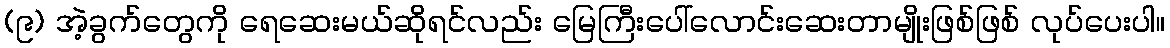
(၉) အဲ့ခွက်တွေကို ရေဆေးမယ်ဆိုရင်လည်း မြေကြီးပေါ်လောင်းဆေးတာမျိုးဖြစ်ဖြစ် လုပ်ပေးပါ။